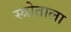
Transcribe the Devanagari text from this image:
स्त्रोताला